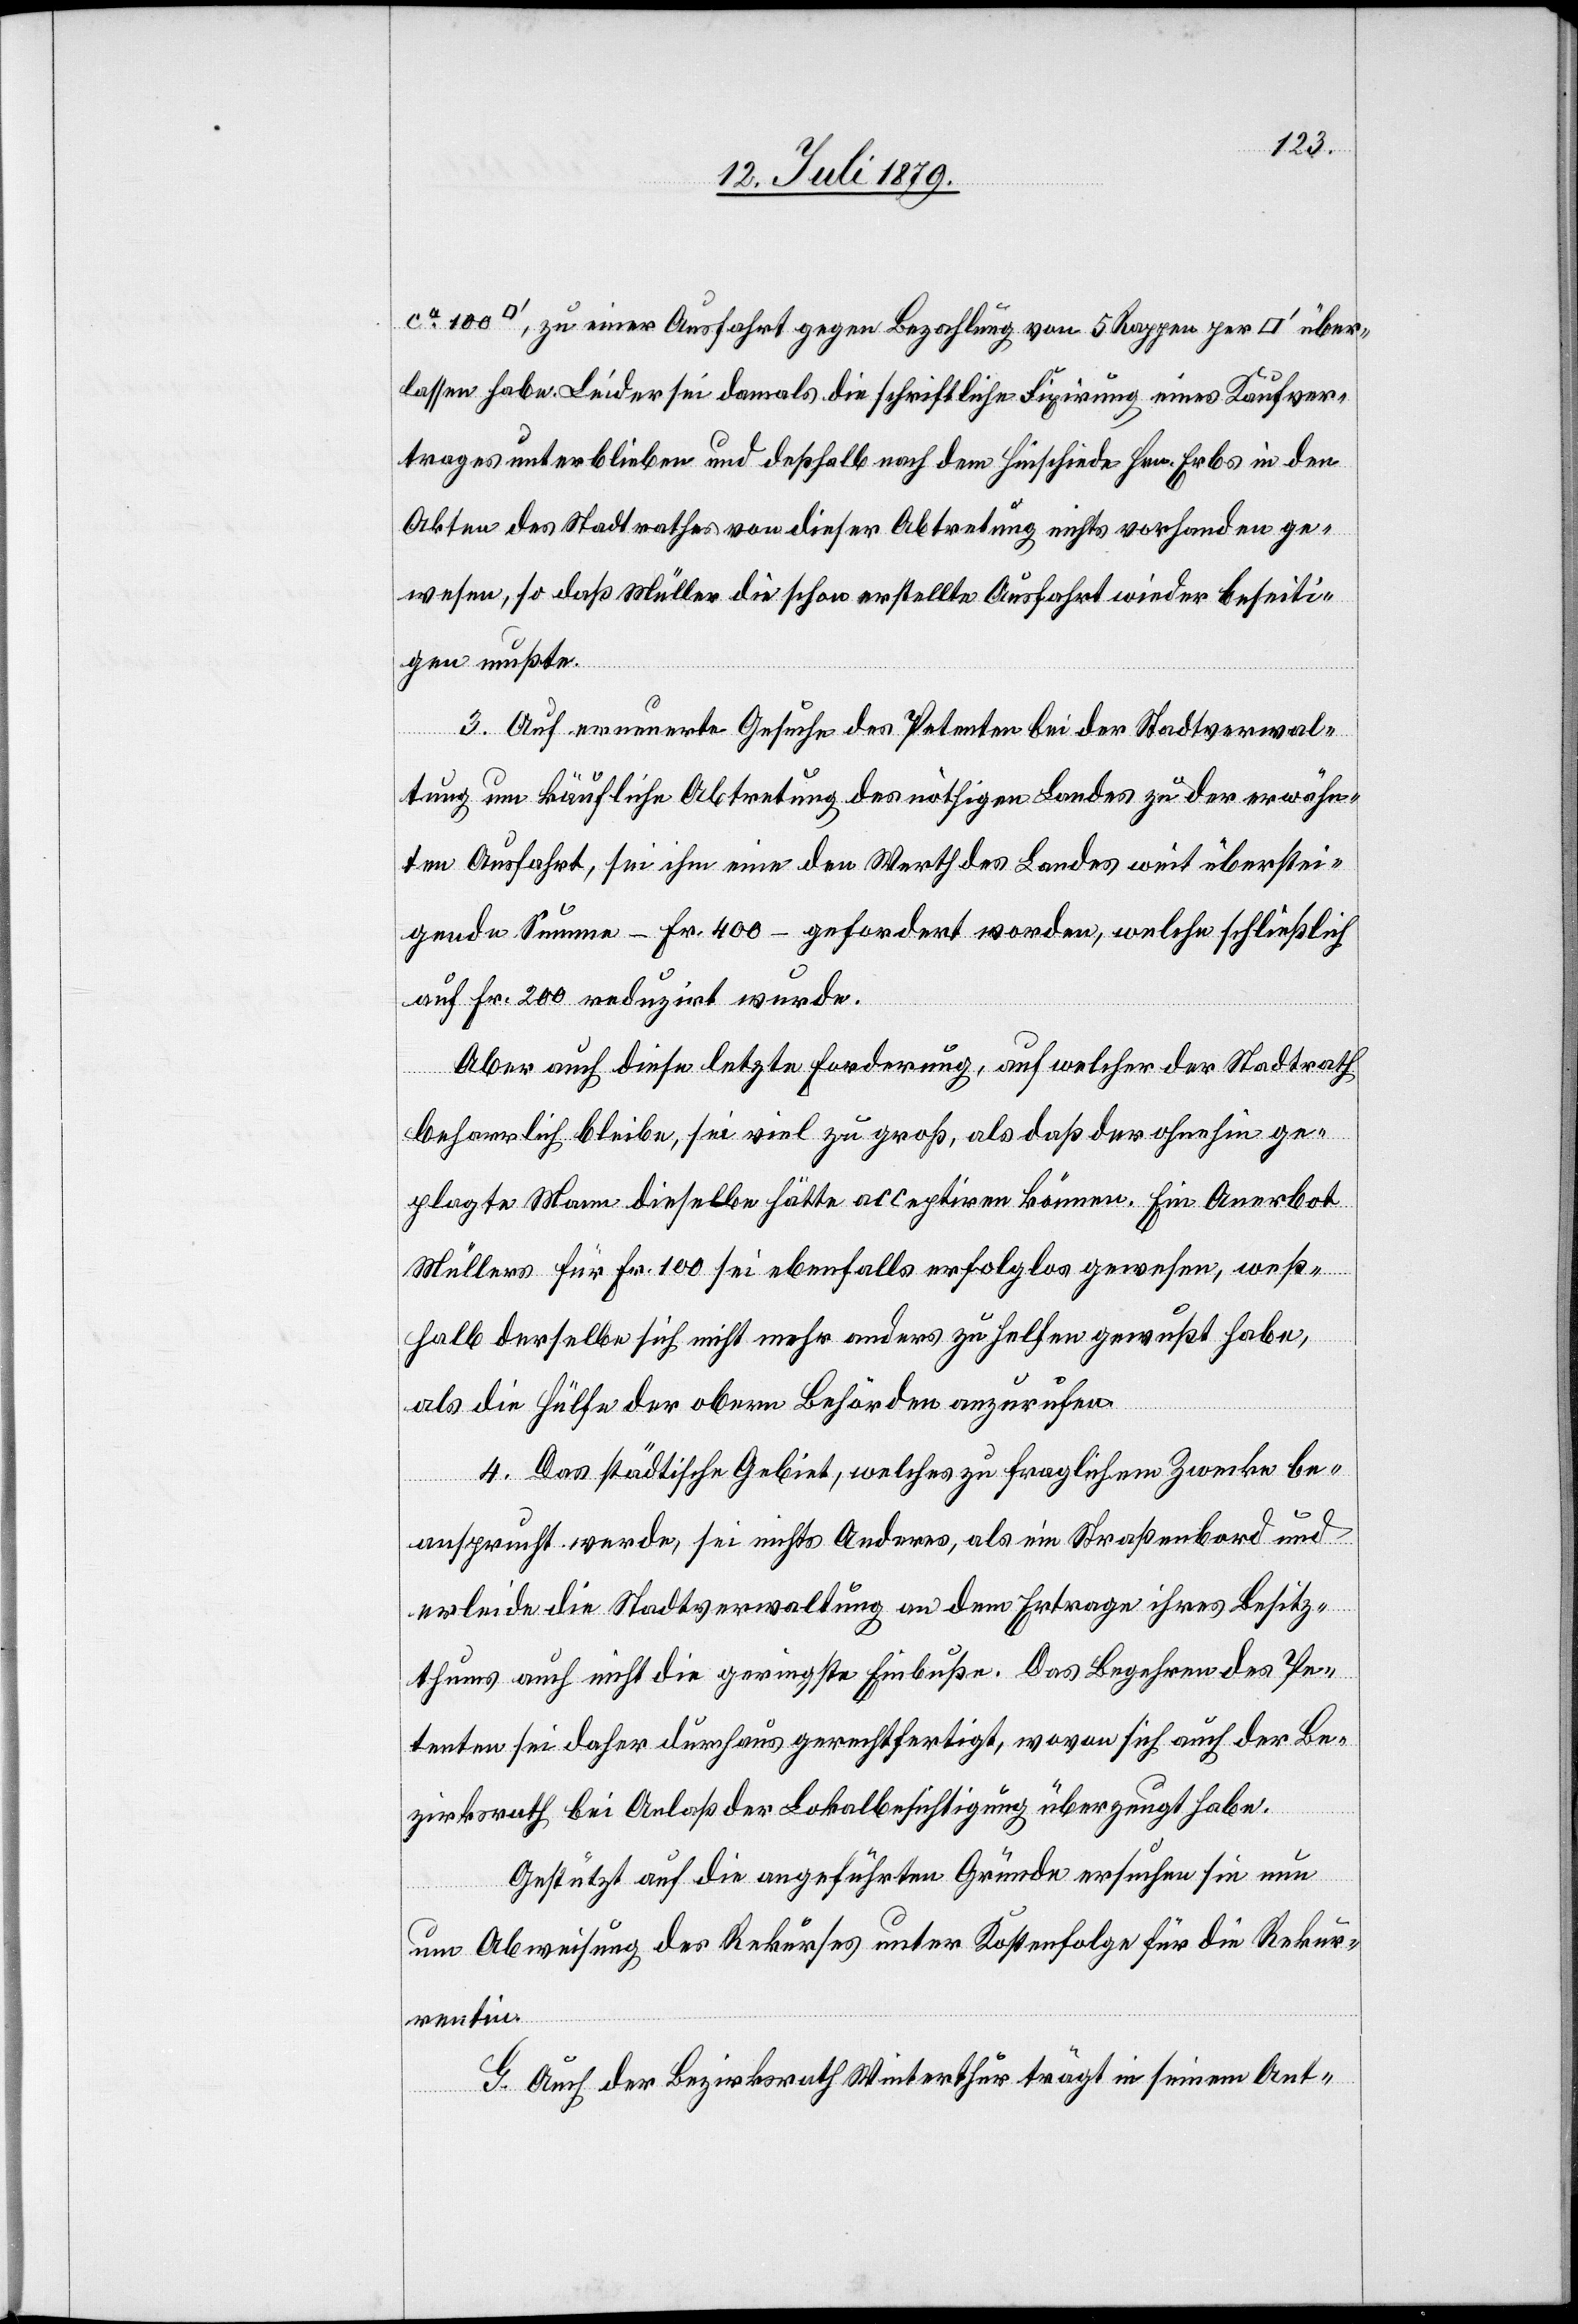
ratfuss], zu einer Ausfahrt gegen Bezahlung von 5 Rappen per [Quadr¬
lassen habe. Leider sei damals die schriftliche Fixirung eines Kaufver¬
trages unterblieben und deßhalb nach dem Hinschiede Hrn. Erbs in den
Akten des Stadtrathes von dieser Abtretung nichts vorhanden ge¬
wesen, so daß Müller die schon erstellte Ausfahrt wieder beseiti¬
gen mußte.
3. Auf erneuerte Gesuche des Petenten bei der Stadtverwal¬
tung um käufliche Abtretung des nöthigen Landes zu der erwähn¬
ten Ausfahrt, sei ihm eine den Werth des Landes weit überstei¬
gende Summe – Fr. 400 – gefordert worden, welche schließlich
auf Fr. 200 reduzirt wurde.
Aber auch diese letzte Forderung, auf welcher der Stadtrath
beharrlich bleibe, sei viel zu groß, als daß der ohnehin ge¬
plagte Mann dieselbe hätte acceptiren können. Ein Anerbot
Müllers für Fr. 100 sei ebenfalls erfolglos gewesen, weß¬
halb derselbe sich nicht mehr anders zu helfen gewußt habe,
über¬
als die Hülfe der obern Behörden anzurufen.
4. Das städtische Gebiet, welches zu fraglichem Zwecke be¬
100
ansprucht werde, sei nichts Anderes, als ein Straßenbord und
erleide die Stadtverwaltung an dem Ertrage ihres Besitz¬
thums auch nicht die geringste Einbuße. Das Begehren des Pe¬
tenten sei daher durchaus gerechtfertigt, wovon sich auch der Be¬
zirksrath bei Anlaß der Lokalbesichtigung überzeugt habe.
Gestützt auf die angeführten Gründe ersuchen sie nun
um Abweisung des Rekurses unter Kostenfolge für die Rekur¬
rentin.
G. Auch der Bezirksrath Winterthur trägt in seinem Ant-